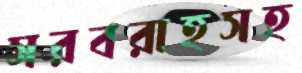
সরবরাহসহ